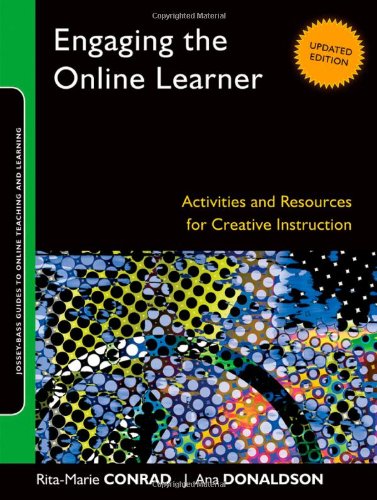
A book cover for Engaging the Online Learner: Activities and Resources for Creative Instruction; Rita-Marie Conrad; Education & Teaching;